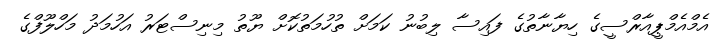
އެމްއެމްޕީއާރްސީގެ ހިޔާނާތުގެ ފައިސާ ލިބުނު ކަމަށް ތުހުމަތުކޮށް ޔޫތު މިނިސްޓަރު އަހުމަދު މަހްލޫފްގެ